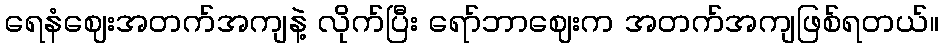
ရေနံဈေးအတက်အကျနဲ့ လိုက်ပြီး ရော်ဘာဈေးက အတက်အကျဖြစ်ရတယ်။